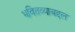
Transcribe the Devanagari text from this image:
भवितव्याबद्दल